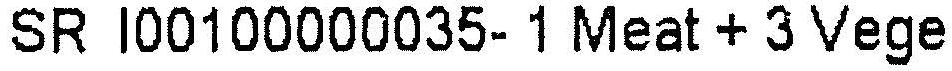
SR I00100000035- 1 MEAT + 3 VEGE